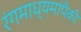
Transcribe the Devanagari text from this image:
रंगमाध्यमांपैकी